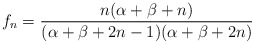
\begin{align*}f_n=\frac{n(\alpha+\beta+n)}{(\alpha+\beta+2n-1)(\alpha+\beta+2n)}\end{align*}